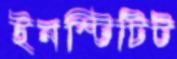
ইনস্টিটিট